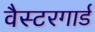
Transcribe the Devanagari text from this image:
वैस्टरगार्ड